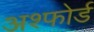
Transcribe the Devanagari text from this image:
अश्फोर्ड